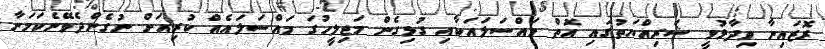
ރޮޒައިނާ ވިދާޅުވީ ޝަރިއްޔަތުގައި އޮތް މައްސަލައަަކާއި ގުޅިގެން މަޖިލީހުގަ މައްސަލައެއް ކުރިއަށް ނުގެންދެވޭނެކަމަށާ